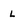
Character: l